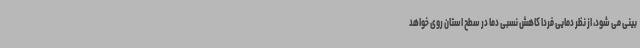
بینی می شود، از نظر دمایی فردا کاهش نسبی دما در سطح استان روی خواهد